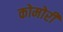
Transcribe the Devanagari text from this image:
कोमोरी